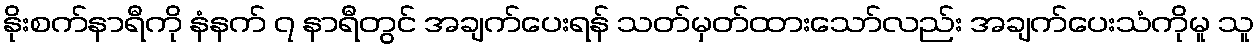
နိုးစက်နာရီကို နံနက် ၇ နာရီတွင် အချက်ပေးရန် သတ်မှတ်ထားသော်လည်း အချက်ပေးသံကိုမူ သူ